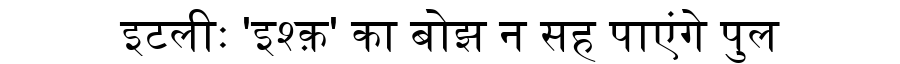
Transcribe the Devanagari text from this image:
इटलीः 'इश्क़' का बोझ न सह पाएंगे पुल